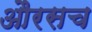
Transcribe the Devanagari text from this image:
औरसच